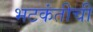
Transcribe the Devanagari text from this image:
भटकंतीची